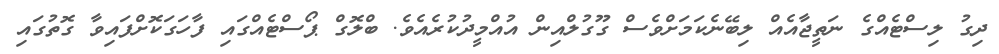
ދިގު ލިސްޓެއްގެ ނަތީޖާއެއް ލިބޭނެކަމަށްވެސް ގޫގުލްއިން އުއްމީދުކުރެއެވެ. ބްލޮގް ޕޯސްޓެއްގައި ފާހަގަކޮށްފައިވާ ގޮތުގައި